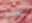
تهتم